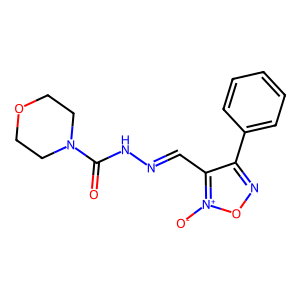
SMILES: O=C(NN=Cc1c(-c2ccccc2)no[n+]1[O-])N1CCOCC1
Inhibits HIV replication: No